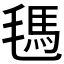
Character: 𰚧